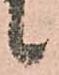
候